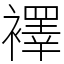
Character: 襗